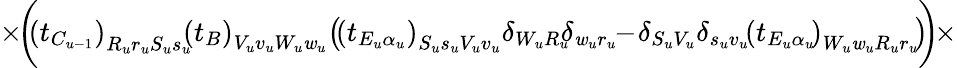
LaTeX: \times\! \bigg(\! \! \left(t_{C_{u-1}}\right)_{R_{u}r_{u}S_{u}s_{u}}\! \! \left(t_{B}\right)_{V_{u}v_{u}W_{u}\mathit{w}_{u}}\! \left(\! \left(t_{E_{u}\alpha_{u}}\right)_{S_{u}s_{u}V_{u}v_{u}}\delta_{W_{u}R_{u}}\! \! \delta_{\mathit{w}_{u}r_{u}}\! \! -\! \delta_{S_{u}V_{u}}\delta_{s_{u}v_{u}}\! \left(t_{E_{u}\alpha_{u}}\! \right)_{W_{u}\mathit{w}_{u}R_{u}r_{u}}\! \right)\! \! \bigg)\! \times